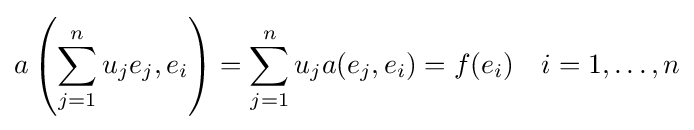
a\left(\sum _{j=1}^{n}u_{j}e_{j},e_{i}\right)=\sum _{j=1}^{n}u_{j}a(e_{j},e_{i})=f(e_{i})\quad i=1,\ldots ,n